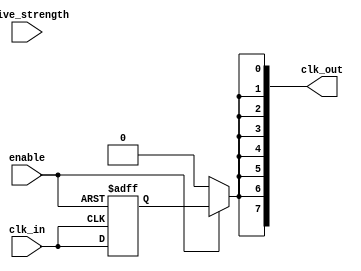
module high_fanout_clock_buffer (
    input wire clk_in,               // Input clock signal
    input wire enable,               // Enable signal for the buffer
    input wire [1:0] drive_strength, // Drive strength control (00: low, 01: medium, 10: high)
    output wire [N-1:0] clk_out      // Output clock signals (N outputs)
);
    parameter N = 8;                 // Number of outputs
    parameter LOW_DRIVE = 2'b00;     // Low drive strength
    parameter MEDIUM_DRIVE = 2'b01;  // Medium drive strength
    parameter HIGH_DRIVE = 2'b10;     // High drive strength

    wire clk_buf;                    // Buffered clock signal

    // Input Stage: Conditioning the incoming clock signal
    reg clk_cond;
    always @(posedge clk_in or negedge enable) begin
        if (!enable)
            clk_cond <= 1'b0;         // Reset condition
        else
            clk_cond <= clk_in;       // Conditioned clock signal
    end

    // Buffering Stage: Amplifying the clock signal
    always @(clk_cond or drive_strength) begin
        case (drive_strength)
            LOW_DRIVE: clk_buf <= clk_cond; // Low drive strength (direct pass)
            MEDIUM_DRIVE: clk_buf <= clk_cond; // Medium drive strength (simple buffer)
            HIGH_DRIVE: clk_buf <= clk_cond; // High drive strength (stronger buffer)
            default: clk_buf <= clk_cond; // Default case
        endcase
    end

    // Output Stage: Distributing the clock signal to outputs
    genvar i;
    generate
        for (i = 0; i < N; i = i + 1) begin: clk_output
            assign clk_out[i] = enable ? clk_buf : 1'b0; // Distribute buffered clock
        end
    endgenerate

endmodule